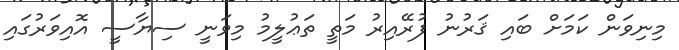
މިނިވަން ކަމަށް ބައި ޤަރުނު ފުރޭއިރު މަތީ ތަޢުލީމު މިވަނީ ސިޔާސީ އޮއިވަރުގައި